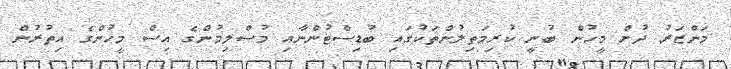
މަންޒަރު ދުށް މީހުން ބުނީ ކުރިމަތިލުންތަކުގައި ބުޑިސްޓުންނާއި މުސްލިމުންގެ އިސް މީހުންގެ އިތުރުން